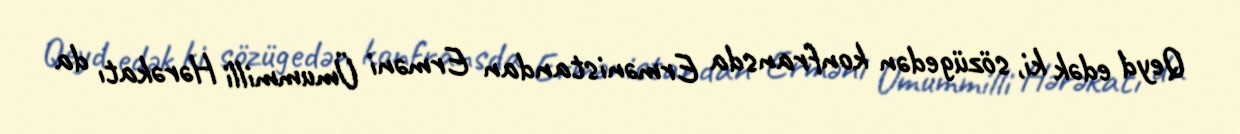
Qeyd edək ki, sözügedən konfransda Ermənistandan Erməni Ümummilli Hərəkatı da